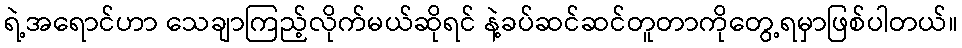
ရဲ့အရောင်ဟာ သေချာကြည့်လိုက်မယ်ဆိုရင် နဲ့ခပ်ဆင်ဆင်တူတာကိုတွေ့ရမှာဖြစ်ပါတယ်။